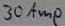
Text: 30Amp